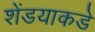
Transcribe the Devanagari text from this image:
शेंडयाकडे